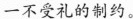
一不受礼的制约。